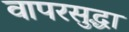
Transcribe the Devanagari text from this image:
वापरसुद्धा